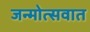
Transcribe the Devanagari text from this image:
जन्मोत्सवात